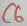
Text: C6